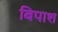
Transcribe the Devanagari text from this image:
बिपाश